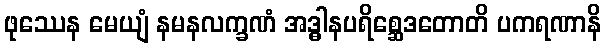
ဖုဿေန မေယျံ နမနလက္ခဏံ အဒ္ဓါနပရိစ္ဆေဒတောတိ ပကရဏာနိ